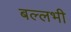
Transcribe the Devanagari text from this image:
बल्‍लभी